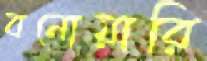
বনোয়ারি